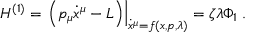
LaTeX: H ^ { ( 1 ) } = \left. \left( p _ { \mu } \dot { x } ^ { \mu } - L \right) \right| _ { \dot { x } ^ { \mu } = f ( x , p , \lambda ) } = \zeta \lambda \Phi _ { 1 } \; .